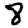
Digit: 8